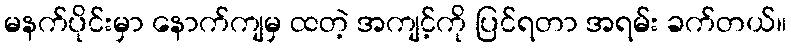
မနက်ပိုင်းမှာ နောက်ကျမှ ထတဲ့ အကျင့်ကို ပြင်ရတာ အရမ်း ခက်တယ်။